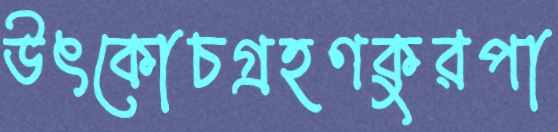
উৎকোচগ্রহণকুরপা